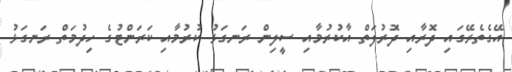
އޭގެތެރޭގައި ދޮރާއި ދޮރުފަތް އާކުރުމާއި ސީލިން ރަނގަޅު ކުރުމާއި ކަރަންޓުގެ ހިދުމަތް ރަނގަޅު